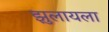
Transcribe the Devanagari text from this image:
झुलायला